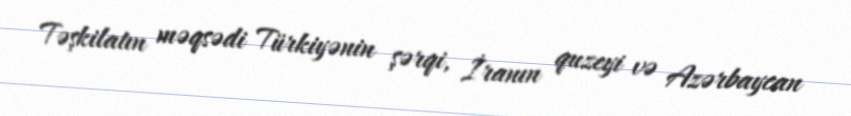
Təşkilatın məqsədi Türkiyənin şərqi, İranın quzeyi və Azərbaycan